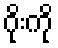
ဂိုးကို